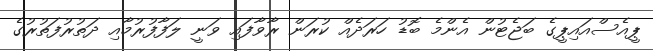
ޕީއެސްއައިޕީގެ ބަޖެޓުން އެންމެ ބޮޑު ހަރަދެއް ކުރަން ރާވާފައި ވަނީ ލަފާފުރުމާއި ދަތުރުފަތުރުގެ